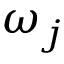
\omega _ { j }